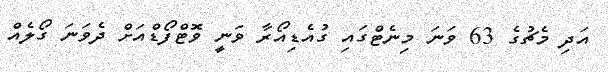
އަދި މެޗުގެ 63 ވަނަ މިނެޓްގައި ގުއެޑިއޯރާ ވަނީ ވޮޓްފޯޑްއަށް ދެވަނަ ގޯލެއް